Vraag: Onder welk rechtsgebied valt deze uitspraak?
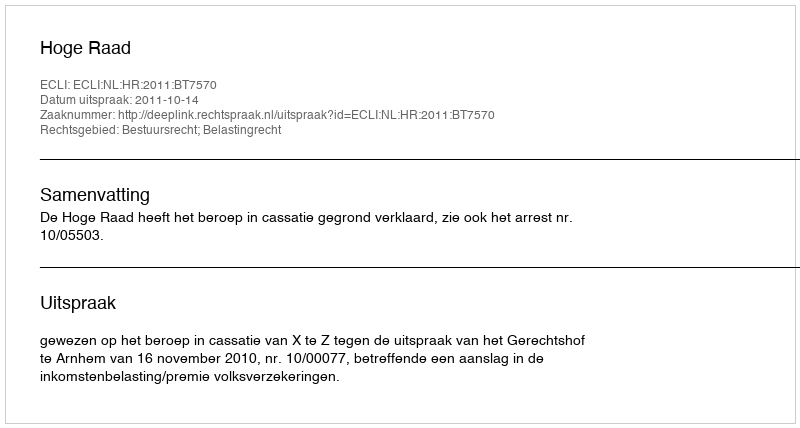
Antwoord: Bestuursrecht; Belastingrecht